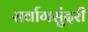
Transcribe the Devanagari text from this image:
सर्वागसुंदरी